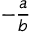
- { \frac { a } { b } }